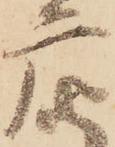
广